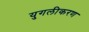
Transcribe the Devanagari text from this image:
युगलीकरण